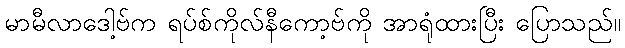
မာမီလာဒေါ့ဗ်က ရပ်စ်ကိုလ်နီကော့ဗ်ကို အာရုံထားပြီး ပြောသည်။